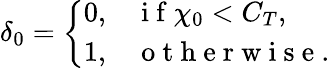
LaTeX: \delta_{0}=\left\{ \begin{array}{ll}{0,}&{\mathrm{~i~f~}\chi_{0}<C_{T},}\\ {1,}&{\mathrm{~o~t~h~e~r~w~i~s~e~}.}\end{array}\right.